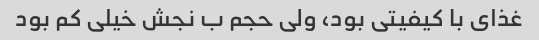
غذای با کیفیتی بود، ولی حجم ب نجش خیلی کم بود